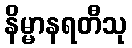
နိမ္မာနရတီသု